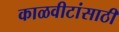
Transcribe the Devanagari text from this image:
काळवीटांसाठी